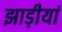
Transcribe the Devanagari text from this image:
झाड़ीयां